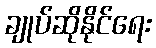
ချုပ်ဆိုနိုင်ရေး